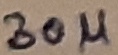
Text: 30µ